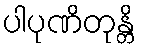
ပါပုဏိတုန္တိ